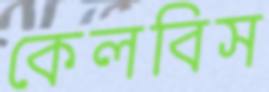
কেলবিস